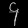
Digit: ၄